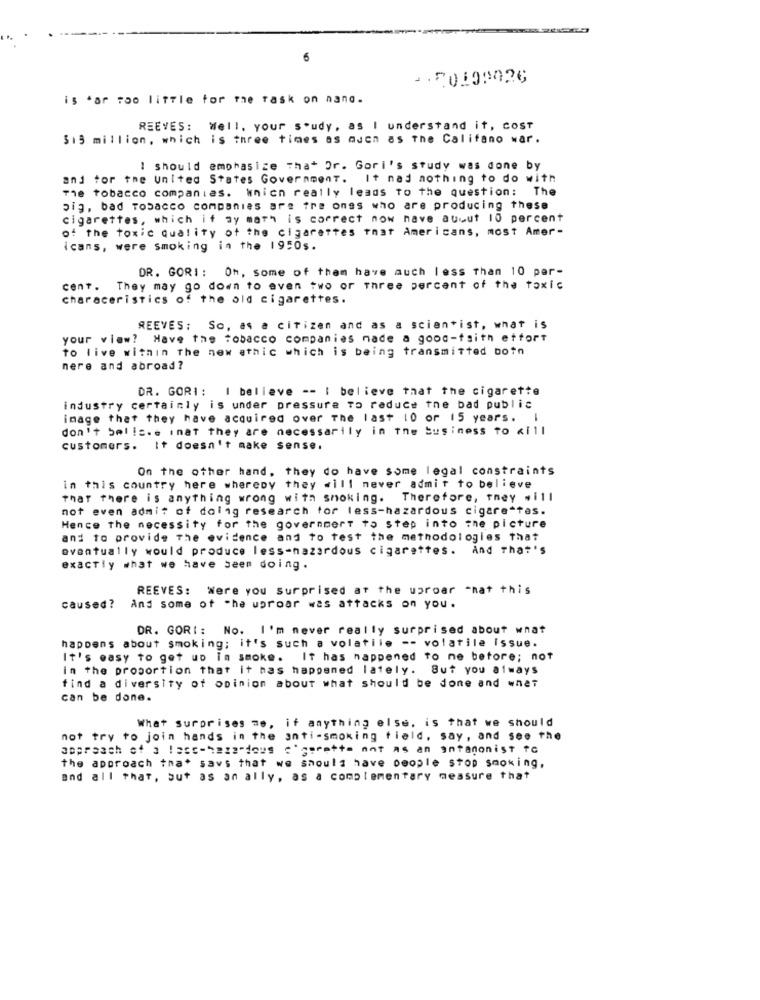
6
is far too little for the rask on nano.
REEVES: Well, your soudy, as I understand it, Cost
513 million, which is three times as much as The Califano war.
I should emphasize That Or. Gori's study was done by
and tor the united States Government. It nad nothing to do with
The tobacco companies. Wnich really leads to the question: The
big, bad Tobacco companies are tre ones who are producing these
cigarettes, which it ay math is correct now nave auout 10 percent
of the toxic quality of the cigarettes that Americans, most Amer-
icans, were smoking in the 1950s.
DR. GORI: Oh, some of them have auch less than 10 per-
cent.
They may go down to even two or three percent of the toxic
characeristics of the old cigarettes.
REEVES: So, as a citizen and as a scientist, what is
your view? Have the tobacco companies nade a good-faith etfort
to live within The new ethic which is being transmitted botn
nere and abroad?
DR. GORI: I believe -- I believe that the cigarette
industry certainly is under pressure To reduce the bad public
image that they have acquired over The last 10 or 15 years. I
don't belis.e inat they are necessarily in the business to Kill
customers. It doesn't make sense.
On the other hand, they do have some legal constraints
in this country here whereby they will never admit to believe
that there is anything wrong with smoking. Therefore, they will
not even admit of dolig research for less-hazardous cigarettes.
Hence the necessity for the government to step into the picture
and to provide The evidence and to test the methodologies that
eventually would produce less-hazardous cigarettes. And That's
exactly what we have seem doing.
REEVES: Were you surprised at the uproar -nat this
caused?
And some of the uproar was attacks on you.
DR. GORI :
No. I'm never really surprised about what
happens about smoking; it's such a volatile -- volatile issue.
It's easy to get up in smoke. It has happened to ne before; not
in the proportion that it has happened lately. But you always
find a diversity of opinion about what should be done and what
can be done.
What Surprises me, if anything else. is that we should
not try to join hands in the anti-smoking field, say, and see the
approach of 3 1ass-1212"dous cigarette nnt as an antanonist fc
the approach that savs that we should have people stop smoking,
and all that, but as an ally, as a complementary measure that